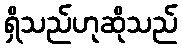
ရှိသည်ဟုဆိုသည်